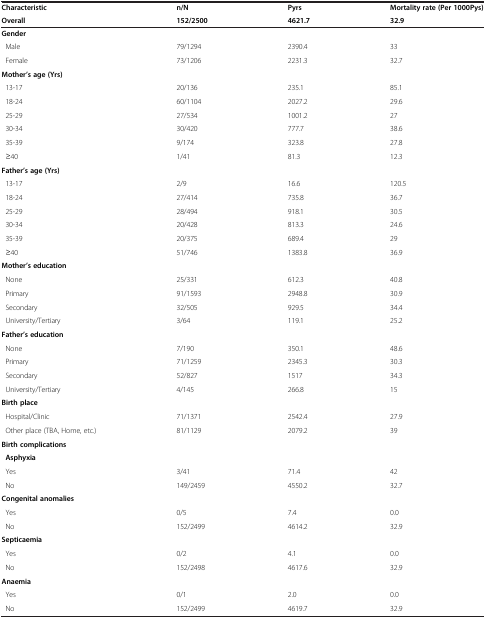
<table><thead><tr><td><b>Characteristic</b></td><td><b>n/N</b></td><td><b>Pyrs</b></td><td><b>Mortality rate (Per 1000Pys)</b></td></tr><tr><td><b>Overall</b></td><td><b>152/2500</b></td><td><b>4621.7</b></td><td><b>32.9</b></td></tr></thead><tbody><tr><td><b>Gender</b></td><td> </td><td> </td><td> </td></tr><tr><td> Male</td><td>79/1294</td><td>2390.4</td><td>33</td></tr><tr><td> Female</td><td>73/1206</td><td>2231.3</td><td>32.7</td></tr><tr><td><b>Mother’s age (Yrs)</b></td><td> </td><td> </td><td> </td></tr><tr><td> 13-17</td><td>20/136</td><td>235.1</td><td>85.1</td></tr><tr><td> 18-24</td><td>60/1104</td><td>2027.2</td><td>29.6</td></tr><tr><td> 25-29</td><td>27/534</td><td>1001.2</td><td>27</td></tr><tr><td> 30-34</td><td>30/420</td><td>777.7</td><td>38.6</td></tr><tr><td> 35-39</td><td>9/174</td><td>323.8</td><td>27.8</td></tr><tr><td> ≥40</td><td>1/41</td><td>81.3</td><td>12.3</td></tr><tr><td><b>Father’s age (Yrs)</b></td><td> </td><td> </td><td> </td></tr><tr><td> 13-17</td><td>2/9</td><td>16.6</td><td>120.5</td></tr><tr><td> 18-24</td><td>27/414</td><td>735.8</td><td>36.7</td></tr><tr><td> 25-29</td><td>28/494</td><td>918.1</td><td>30.5</td></tr><tr><td> 30-34</td><td>20/428</td><td>813.3</td><td>24.6</td></tr><tr><td> 35-39</td><td>20/375</td><td>689.4</td><td>29</td></tr><tr><td> ≥40</td><td>51/746</td><td>1383.8</td><td>36.9</td></tr><tr><td><b>Mother’s education</b></td><td> </td><td> </td><td> </td></tr><tr><td> None</td><td>25/331</td><td>612.3</td><td>40.8</td></tr><tr><td> Primary</td><td>91/1593</td><td>2948.8</td><td>30.9</td></tr><tr><td> Secondary</td><td>32/505</td><td>929.5</td><td>34.4</td></tr><tr><td> University/Tertiary</td><td>3/64</td><td>119.1</td><td>25.2</td></tr><tr><td><b>Father’s education</b></td><td> </td><td> </td><td> </td></tr><tr><td> None</td><td>7/190</td><td>350.1</td><td>48.6</td></tr><tr><td> Primary</td><td>71/1259</td><td>2345.3</td><td>30.3</td></tr><tr><td> Secondary</td><td>52/827</td><td>1517</td><td>34.3</td></tr><tr><td> University/Tertiary</td><td>4/145</td><td>266.8</td><td>15</td></tr><tr><td><b>Birth place</b></td><td> </td><td> </td><td> </td></tr><tr><td> Hospital/Clinic</td><td>71/1371</td><td>2542.4</td><td>27.9</td></tr><tr><td> Other place (TBA, Home, etc.)</td><td>81/1129</td><td>2079.2</td><td>39</td></tr><tr><td><b>Birth complications</b></td><td> </td><td> </td><td> </td></tr><tr><td> <b>Asphyxia</b></td><td> </td><td> </td><td> </td></tr><tr><td> Yes</td><td>3/41</td><td>71.4</td><td>42</td></tr><tr><td> No</td><td>149/2459</td><td>4550.2</td><td>32.7</td></tr><tr><td><b>Congenital anomalies</b></td><td> </td><td> </td><td> </td></tr><tr><td> Yes</td><td>0/5</td><td>7.4</td><td>0.0</td></tr><tr><td> No</td><td>152/2499</td><td>4614.2</td><td>32.9</td></tr><tr><td><b>Septicaemia</b></td><td> </td><td> </td><td> </td></tr><tr><td> Yes</td><td>0/2</td><td>4.1</td><td>0.0</td></tr><tr><td> No</td><td>152/2498</td><td>4617.6</td><td>32.9</td></tr><tr><td><b>Anaemia</b></td><td> </td><td> </td><td> </td></tr><tr><td> Yes</td><td>0/1</td><td>2.0</td><td>0.0</td></tr><tr><td> No</td><td>152/2499</td><td>4619.7</td><td>32.9</td></tr></tbody></table>